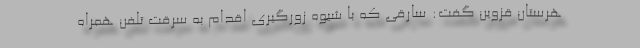
هرستان قزوین گفت: سارقی که با شیوه زورگیری اقدام به سرقت تلفن همراه